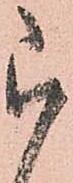
被